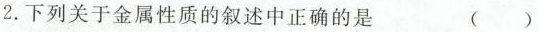
2.下列关于金属性质的叙述中正确的是 (